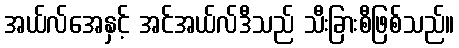
အယ်လ်အေနှင့် အင်အယ်လ်ဒီသည် သီးခြားစီဖြစ်သည်။